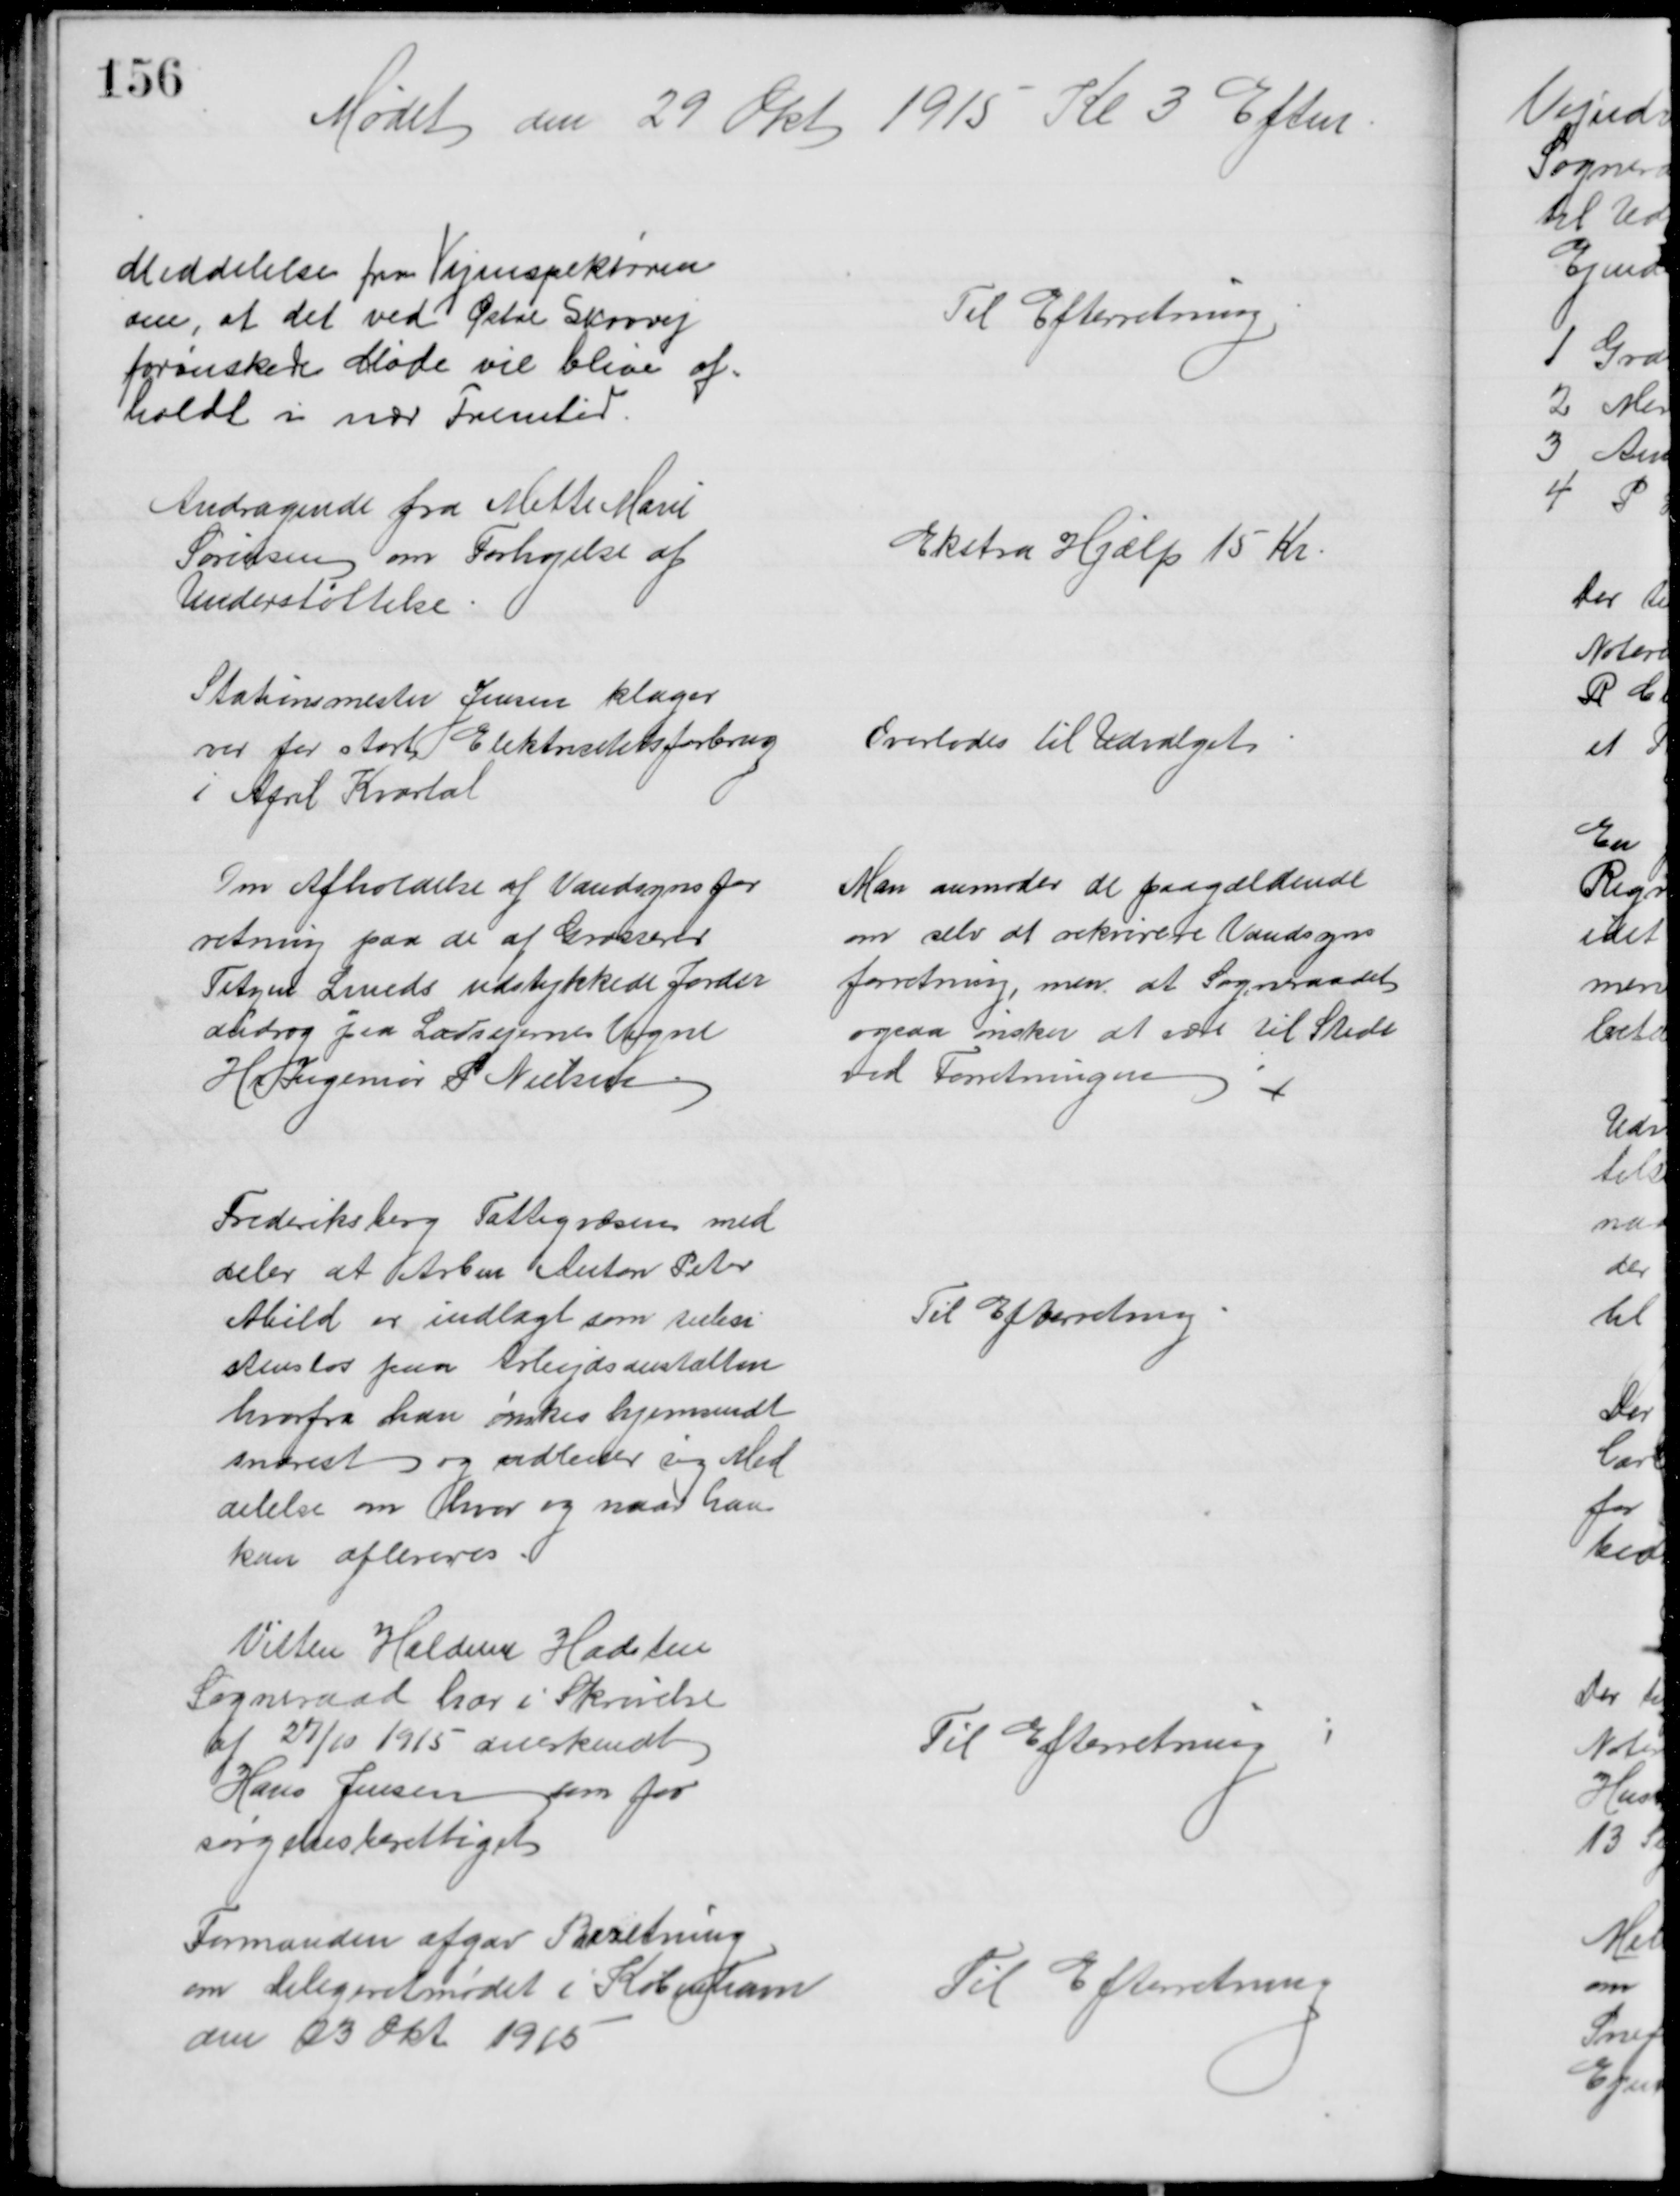
Transskription:
Mødet den 29 Okt 1915 Kl 3 Eftm
Meddelelse fra Vejinspektøren
om, at det ved Østre Skovvej
forønskede Møde vil blive af=
holdt i nær Fremtid
Til Efterretning
Andragende fra Mette Marie
Sørensen om Forhøjelse af
Understøttelse
Ekstra Hjælp 15 Kr
Stationsmester Jensen klager
over for stort Elektricitetsforbrug
i April Kvartal
Overlodes til Udvalget
Om Afholdelse af Vandsynsfor 
retning paa de af Grosserer
Tetzen Lunds udstykkede Jorder
androg paa Lodsejernes Vegne
Hr Ingeniør S Nielsen
Man anmoder de paagældende
om selv at rekvirere Vandsyns
forretning, men at Sogneraadet
ogsaa ønsker at være til Stede
ved Forretningen 
Frederiksberg Fattigvæsen med 
deler at Arbm Anton Peter
Abild er indlagt som subsi
stensløs paa Arbejdsanstalten
hvorfra han ønskes hjemsendt
snarest og udbeder sig Med
delelse om hvor og naar han
kan afleveres
Til Efterretning
Vitten Haldum Hadsten
Sogneraad har i Skrivelse
af 27/10 1915 anerkendt
Hans Jensen som for
sørgelsesberettiget
Til Efterretning 
Formanden afgav Beretning
om Delegeretmødet i København
den 23 Okt 1915
Til Efterretning